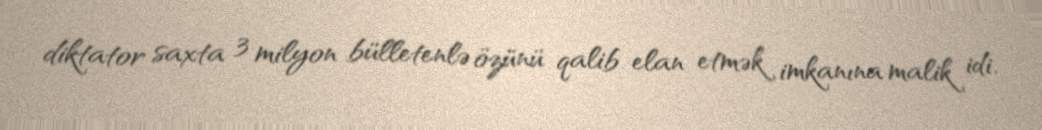
diktator saxta 3 milyon bülletenlə özünü qalib elan etmək imkanına malik idi.